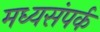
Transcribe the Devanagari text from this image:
मध्यसंपर्क